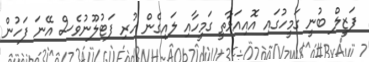
ފަޒީލް ބުނީ ގަމީހުގައި އޮއިއަޅާތީ ގަމީހާއި ލައިގެން ހުރި ފަޓުލޫނުވެސް އޭނަ ފަހުން